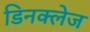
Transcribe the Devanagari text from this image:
डिनक्लेज